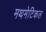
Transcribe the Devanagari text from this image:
मथमेटिकल